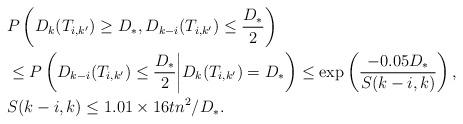
LaTeX: \begin{align*}&P\left(D_k(T_{i,k'}) \geq D_\ast ,D_{k-i}(T_{i,k'})\leq \frac{D_\ast}{2} \right) \\&\leq P\left(D_{k-i}(T_{i,k'})\leq \frac{D_\ast}{2} \middle| D_k(T_{i,k'}) = D_\ast \right)\leq \exp\left(\frac{-0.05 D_\ast}{ S(k-i,k)}\right),\\& S(k-i,k)\leq 1.01 \times 16 tn^2/D_\ast.\end{align*}